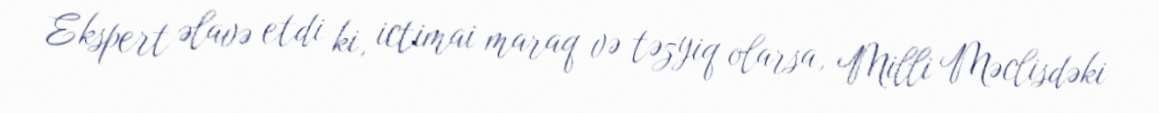
Ekspert əlavə etdi ki, ictimai maraq və təzyiq olarsa, Milli Məclisdəki